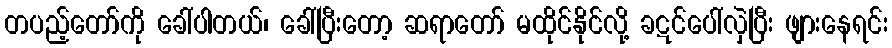
တပည့်တော်ကို ခေါ်ပါတယ်၊ ခေါ်ပြီးတော့ ဆရာတော် မထိုင်နိုင်လို့ ခဋင်ပေါ်လှဲပြီး ဖျားနေရင်း